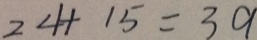
2 4 + 1 5 = 3 9